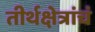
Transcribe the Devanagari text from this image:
तीर्थक्षेत्रांचं